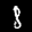
Label: 8